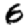
Digit: 6